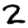
Digit: 2